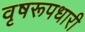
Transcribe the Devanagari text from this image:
वृषरूपधारी